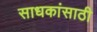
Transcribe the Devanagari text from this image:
साधकांसाठी